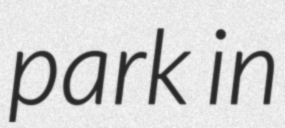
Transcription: park in